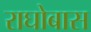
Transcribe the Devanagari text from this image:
राघोबास